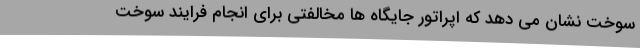
سوخت نشان می دهد که اپراتور جایگاه ها مخالفتی برای انجام فرایند سوخت